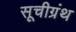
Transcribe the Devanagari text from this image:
सूचीग्रंथ